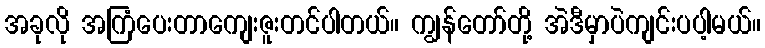
အခုလို အကြံပေးတာကျေးဇူးတင်ပါတယ်။ ကျွန်တော်တို့ အဲဒီမှာပဲကျင်းပပါ့မယ်။